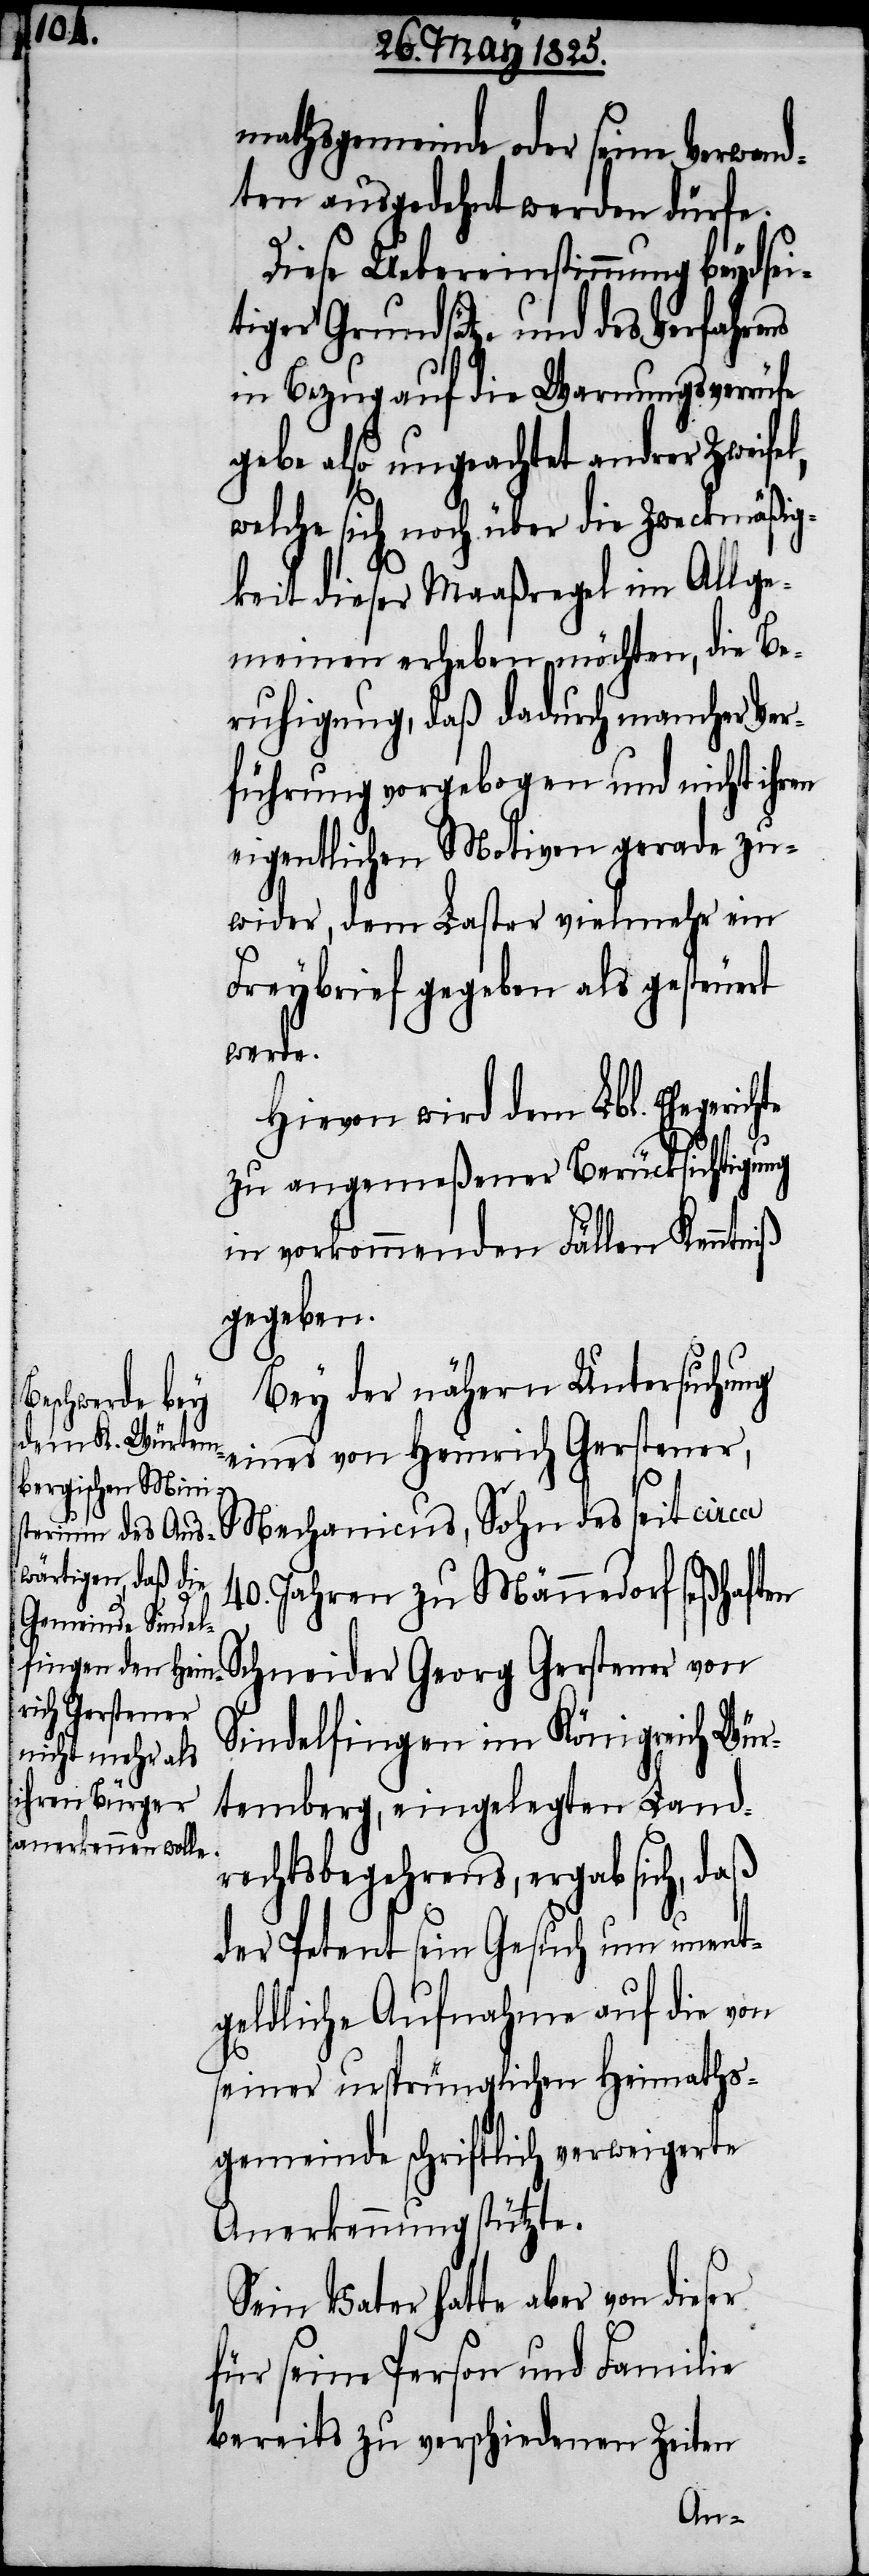
mathsgemeinde oder seine Verwand¬
ten ausgedehnt werden dürfe.
Diese Uebereinstimmung beydsei¬
tiger Grundsätze und des Verfahrens
in Bezug auf die Warnungsverrüfe
gebe also ungeachtet andrer Zweifel,
welche sich noch über die Zweckmäßig¬
keit dieser Maaßregel im Allge¬
meinen erheben möchten, die Be¬
ruhigung, daß dadurch mancher Ver¬
führung vorgebogen und nicht ihren
eigentlichen Motiven gerade zu¬
wider, dem Laster vielmehr ein
Freybrief gegeben als gesteuert
werde.
Hievon wird dem Lbl. Ehegericht
zu angemeßener Berücksichtigung
in vorkommenden Fällen Kenntniß
gegeben.
Bey der nähern Untersuchung
eines von Heinrich Gerstener,
Mechanicus, Sohn des seit circa
40. Jahren zu Männedorf seßhaften
Schneider Georg Gerstener von
Sindelfingen im Königreich Wür¬
temberg, eingelegten Land¬
rechtsbegehrens, ergab sich, daß
der Petent ein Gesuch um unent¬
geldliche Aufnahme auf die von
seiner ursprünglichen Heimaths¬
gemeinde schriftlich verweigerte
Anerkennung stützte.
Sein Vater hatte aber von dieser
für seine Person und Familie
bereits zu verschiedenen Zeiten